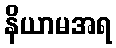
နိယာမအရ